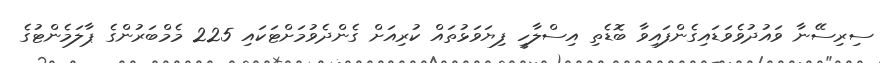
ސިރިސޭނާ ވައުދުވެވަޑައިގެންފައިވާ ބޮޑެތި އިސްލާހީ ފިޔަވަޅުތައް ކުރިއަށް ގެންދެވުމަށްޓަކައި 225 މެމްބަރުންގެ ޕާލަމެންޓުގެ